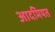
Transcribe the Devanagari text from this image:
आदमियत